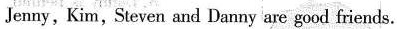
Jenny, Kim,Steven and Danny are good friends.